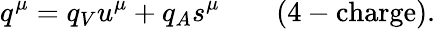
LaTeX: q^{\mu}=q_{V}u^{\mu}+q_{A}s^{\mu}\qquad\mathrm{(4-charge).}